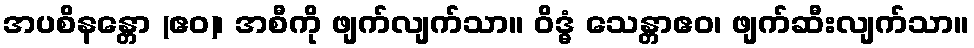
အပစိနန္တော (ဧဝ)၊ အစီကို ဖျက်လျက်သာ။ ဝိဒ္ဓံ သေန္တာဧဝ၊ ဖျက်ဆီးလျက်သာ။